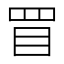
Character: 𥄲